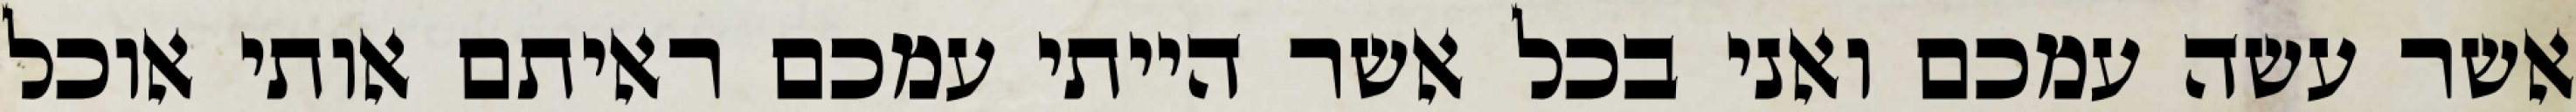
אשר עשה עמכם ואני בכל אשר הייתי עמכם ראיתם אותי אוכל